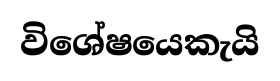
විශේෂයෙකැයි